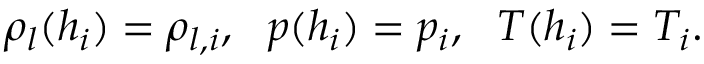
\rho _ { l } ( h _ { i } ) = \rho _ { l , i } , ~ ~ p ( h _ { i } ) = p _ { i } , ~ ~ T ( h _ { i } ) = T _ { i } .